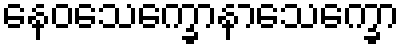
နေဝသေက္ခောနာသေက္ခော